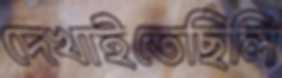
দেখাইতেছিলি